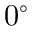
0 ^ { \circ }